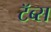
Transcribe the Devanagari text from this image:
टॅब्स